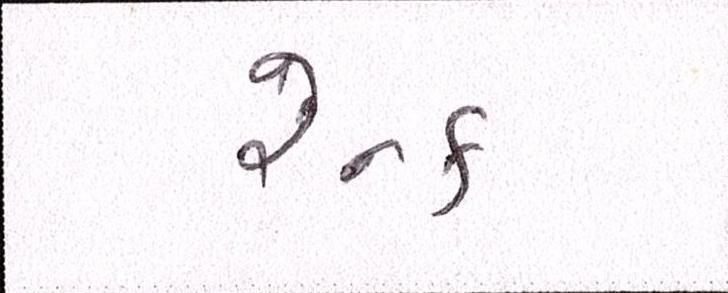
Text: રેન્ક